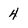
Character: 4